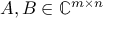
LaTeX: A , B \in \mathbb { C } ^ { m \times n }